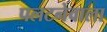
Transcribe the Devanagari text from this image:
पलटनेवाला